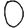
Digit: 0